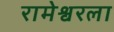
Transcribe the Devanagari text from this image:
रामेश्वरला